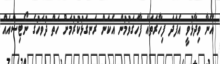
އޭނާ ވިދާޅުވީ އެފަދަ ފިހާރަތައް ފާހަގަވުމުން އެކަން ރަނގަޅުކުރުމަށް ހަތް ދުވަހުގެ ނޯޓިސްއެއް